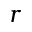
r